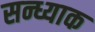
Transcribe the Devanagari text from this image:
सन्ध्याक